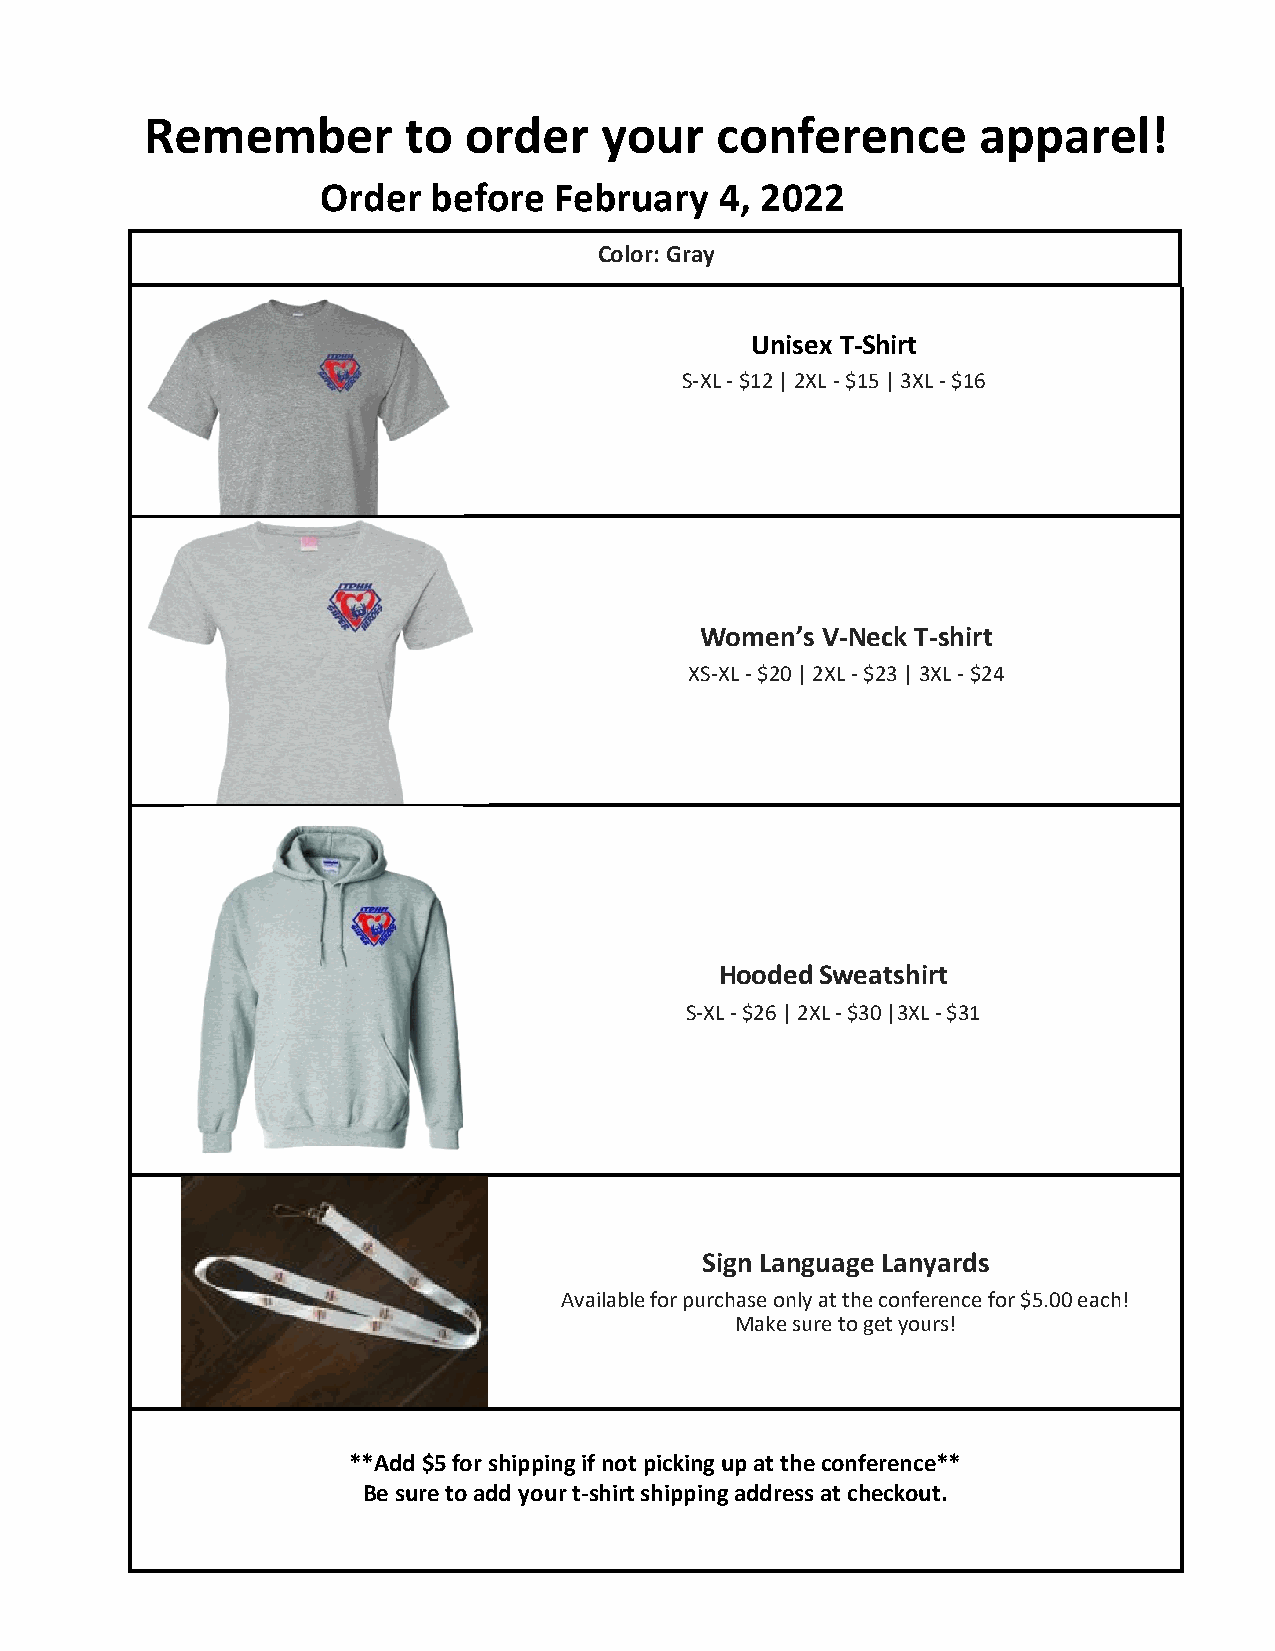
Remember         to  order    your   conference        apparel!
 Order  before   February   4, 2022
 Color: Gray
 Unisex T-Shirt
 S-XL - $12 | 2XL - $15 | 3XL - $16
 Women’s V-Neck T-shirt
 XS-XL - $20 | 2XL - $23 | 3XL - $24
 Hooded Sweatshirt
 S-XL - $26 | 2XL - $30 |3XL - $31
 Sign Language Lanyards
 Available for purchase only at the conference for $5.00 each!
 Make sure to get yours!
 **Add $5 for shipping if not picking up at the conference**
 Be sure to add your t-shirt shipping address at checkout.